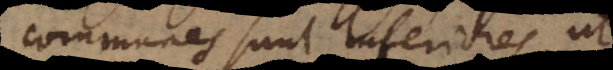
communes sunt inferiores, ut